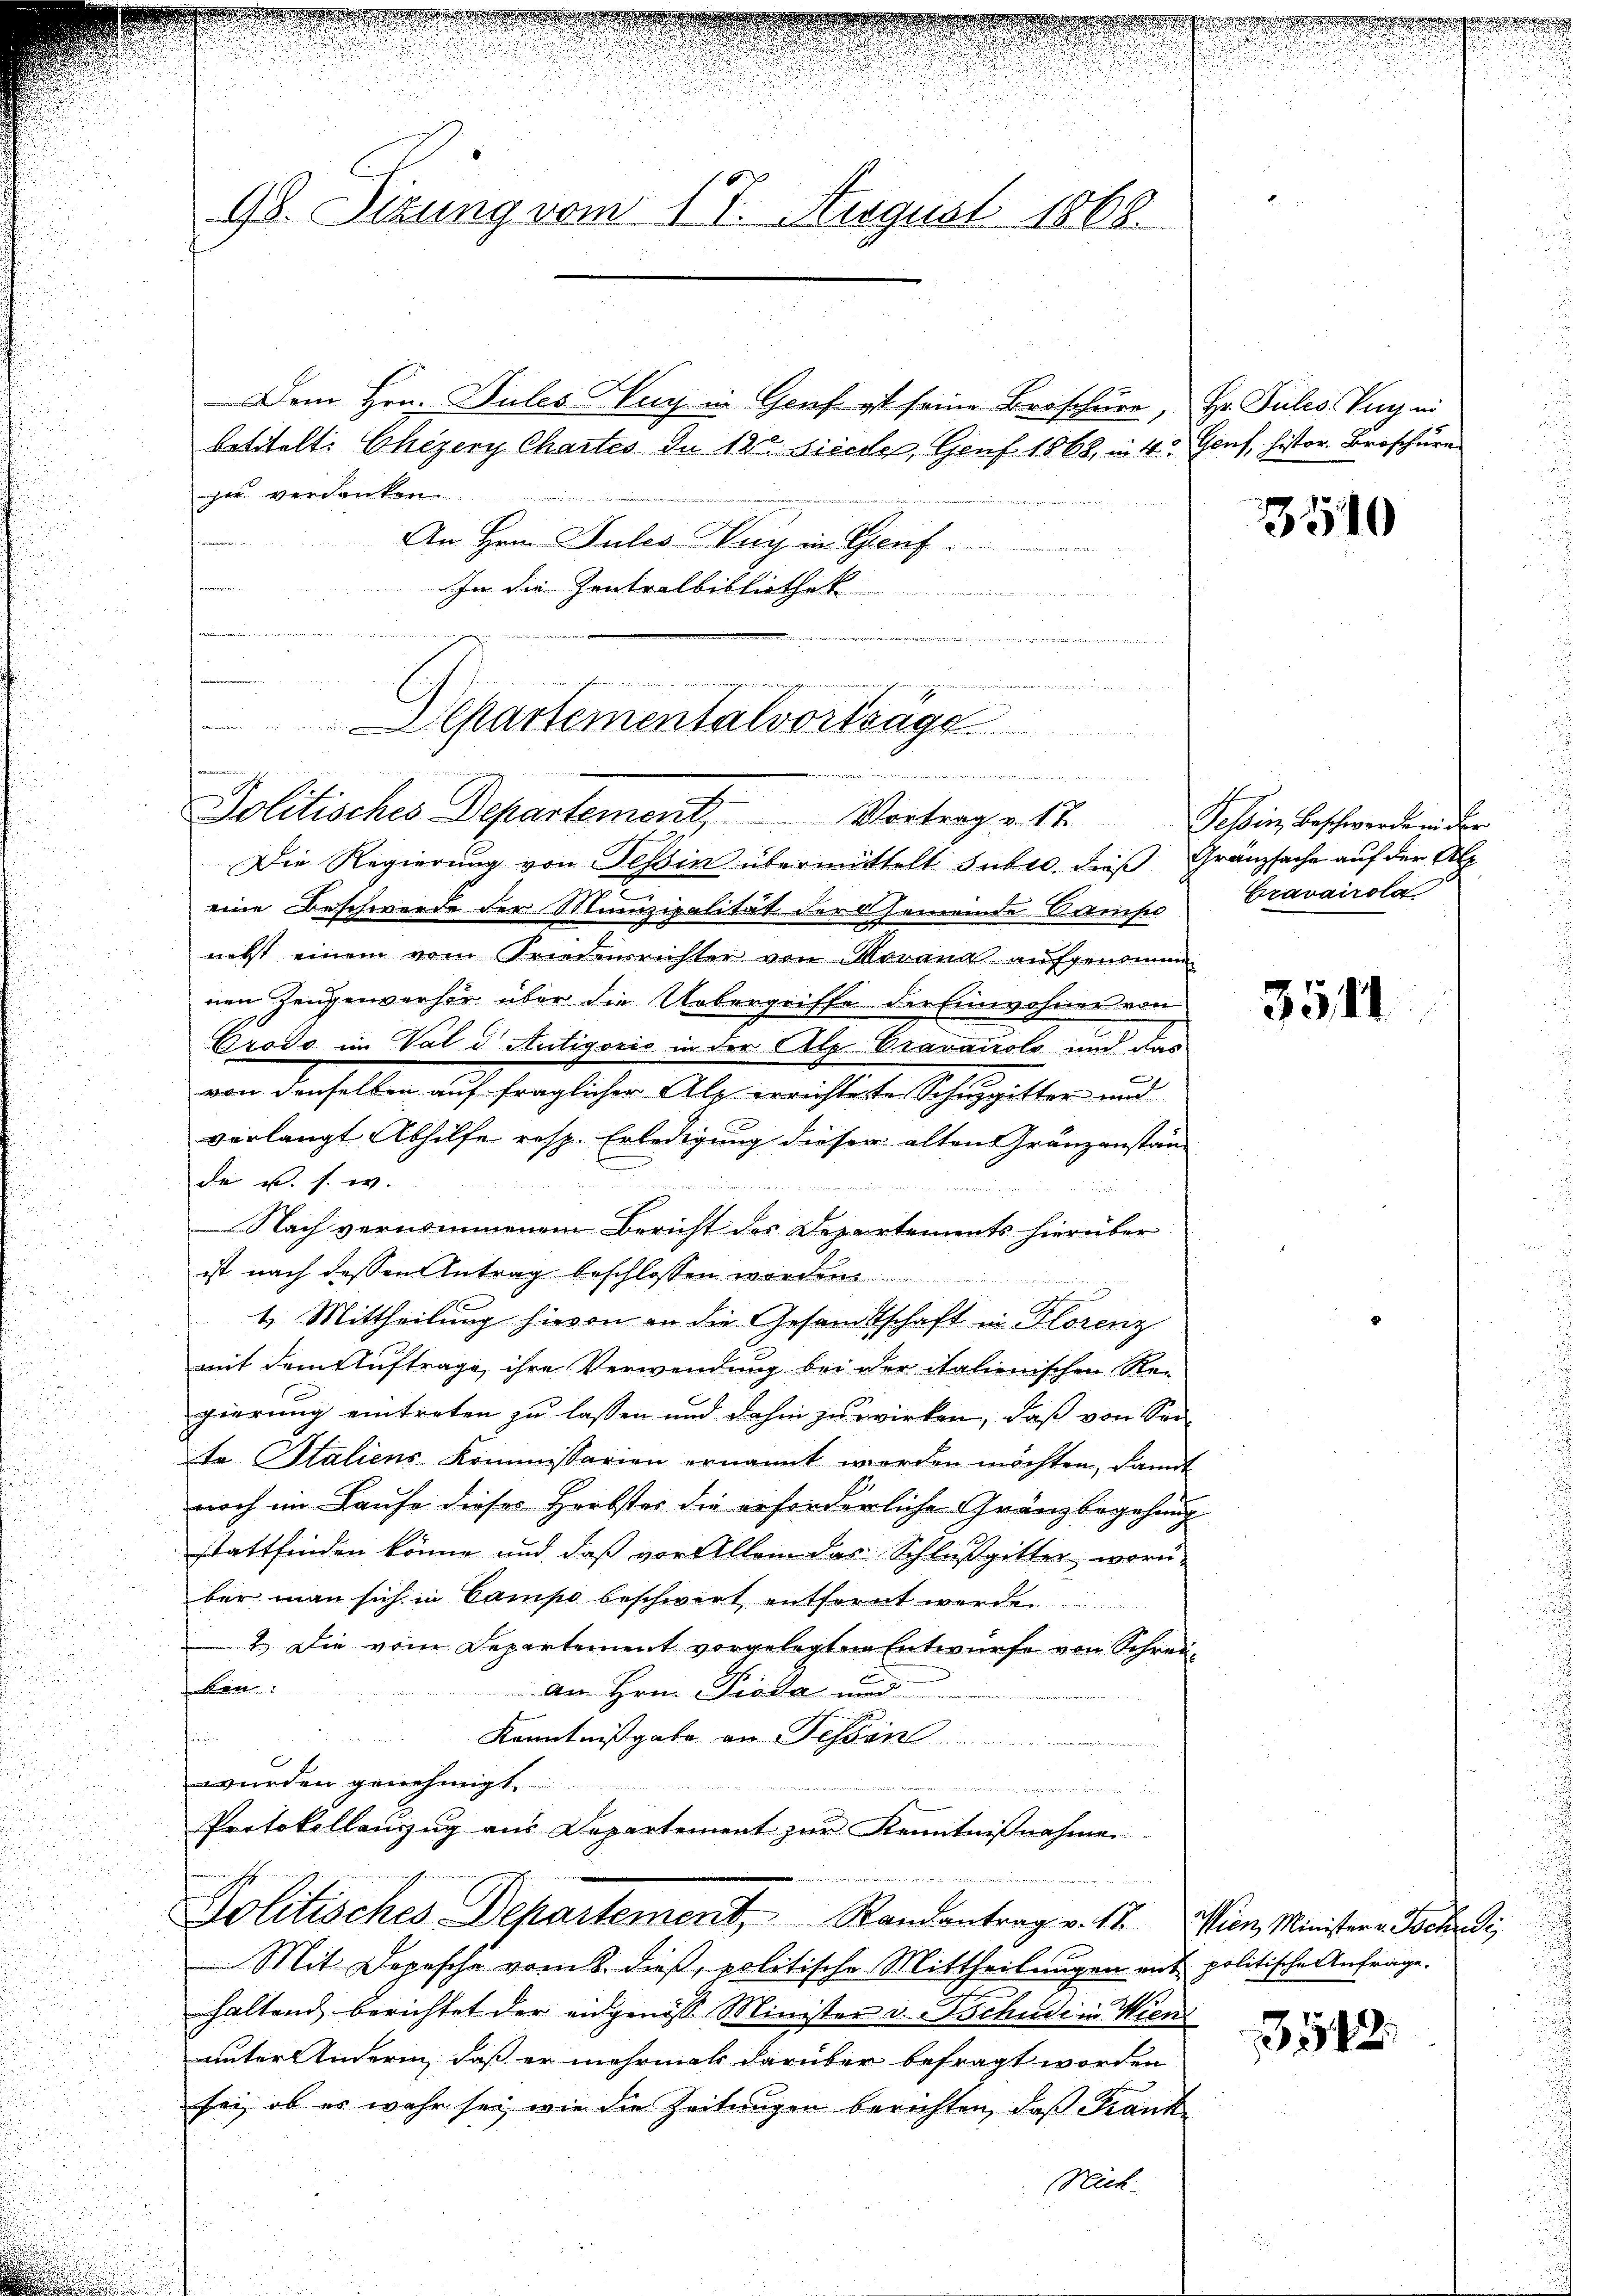
10x
98. Sitzung vom 11. August 1868.

Dem Hrn. Sules Aug in Genf ist seine Broschüre,
betitelt: Chizery Chartes de 182 Sieche, Genf 1868, in 4. Genf, histor. Broschüre
he verdanken.
An Hrn. Jules Tag in Gruf
In die Zentralbibliothek
n

s

Alsartementalvorträge

Politisches Departement Vortrag v. 17. Tessin beschwerden der

Hr. Pules Verzei

Die Regierung von Teßin übermittelt suber. dieß
eine Beschwerde der Munizipalität der Gemeinde Sams
nebst einem vom Friedensrichter von Morand aŭfgenomm
nen Zeugenverhör über die Uebergriffe der Einwohner von
Grodo im Val d Antigoris in der Ale Bravanato und das
e
von denselben auf fraglicher Alp errichtete Schuppitter und
verlangt Abhilfe resp. Erledigung dieser alten Gränzanstän-
de u. s. w.
m
Nach vernommenem Bericht des Departements hierüber
ist nach dessen Antrag beschlossen worden
1. Mittheilung hievon an die Gesandtschaft in Florenz
mit dem Auftrage ihre Verwendung bei der italienischen Re-
gierung eintreten zu lassen und dahin zu wirken, daß von Sei
to Italiens Kommissarien ernannt werden möchten, damit
noch im Laufe dieses Herbster die erforderliche Gränzbegehen
stattfinden könne und daß vor Allem das Schlußgitter, worüber man sich in Campo beschwert entfernt werden
2.) Die vom Departement vorgelegten Entwurfe von Schrei
t
An Hrn. Pioda und
Kenntnißgabe an Tessin
e
u
wurden genehmigt.
.
Protokollauszug aus Departement zur Kenntnißnahme
Politisches Departement.     Randantrag v. 18.
Mit Depesche vom 8. dieß, politische Mittheilungen mit politische Anfrage.
haltend berichtet der eidgenöss Minister v. Tschudi in Wien
unter Anderen, daß er mehrmals darüber befragt worden
sei, ob es wahr sei, wie die Zeitungen berichten, daß Frank
Nich

350

Gränzsache auf der Alp
Cravairola

3511

Wien Minister v. Tsche di

3512.